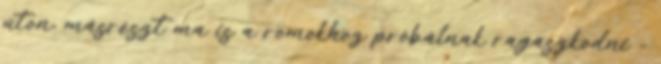
úton, másrészt ma is a romokhoz próbálnak ragaszkodni -